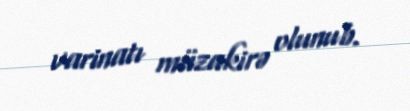
varinatı müzakirə olunub.